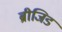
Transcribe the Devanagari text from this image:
ब्रीजिड